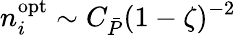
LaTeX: n_{i}^{\mathrm{opt}}\sim C_{\bar{P}}(1-\zeta)^{-2}